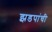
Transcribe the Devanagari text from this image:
झडपांची